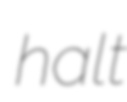
halt